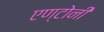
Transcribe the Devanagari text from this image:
एण्टोनी